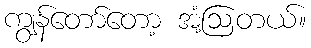
ကျွန်တော်တော့ အံ့ဩတယ်။